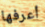
أعرفها